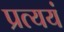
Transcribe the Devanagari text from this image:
प्रत्ययं